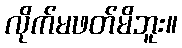
လိုက်မဖတ်မိဘူး။